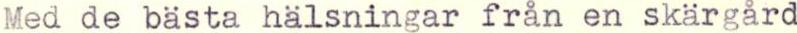
Med de bästa hälsningar från en skärgård